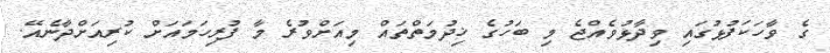
ގެ ވާހަކަފުޅުގައި ވިދާޅުވެއްޖެ މި ބަހުގެ ޚިދުމަތްތައް މިއަށްވުރެ މާ ފުރިހަމައަށް ކުރިއަށްދާނެއޭ.